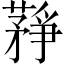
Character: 𦽰